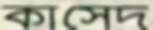
কাসেদ